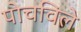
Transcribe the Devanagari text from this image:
पोचविले